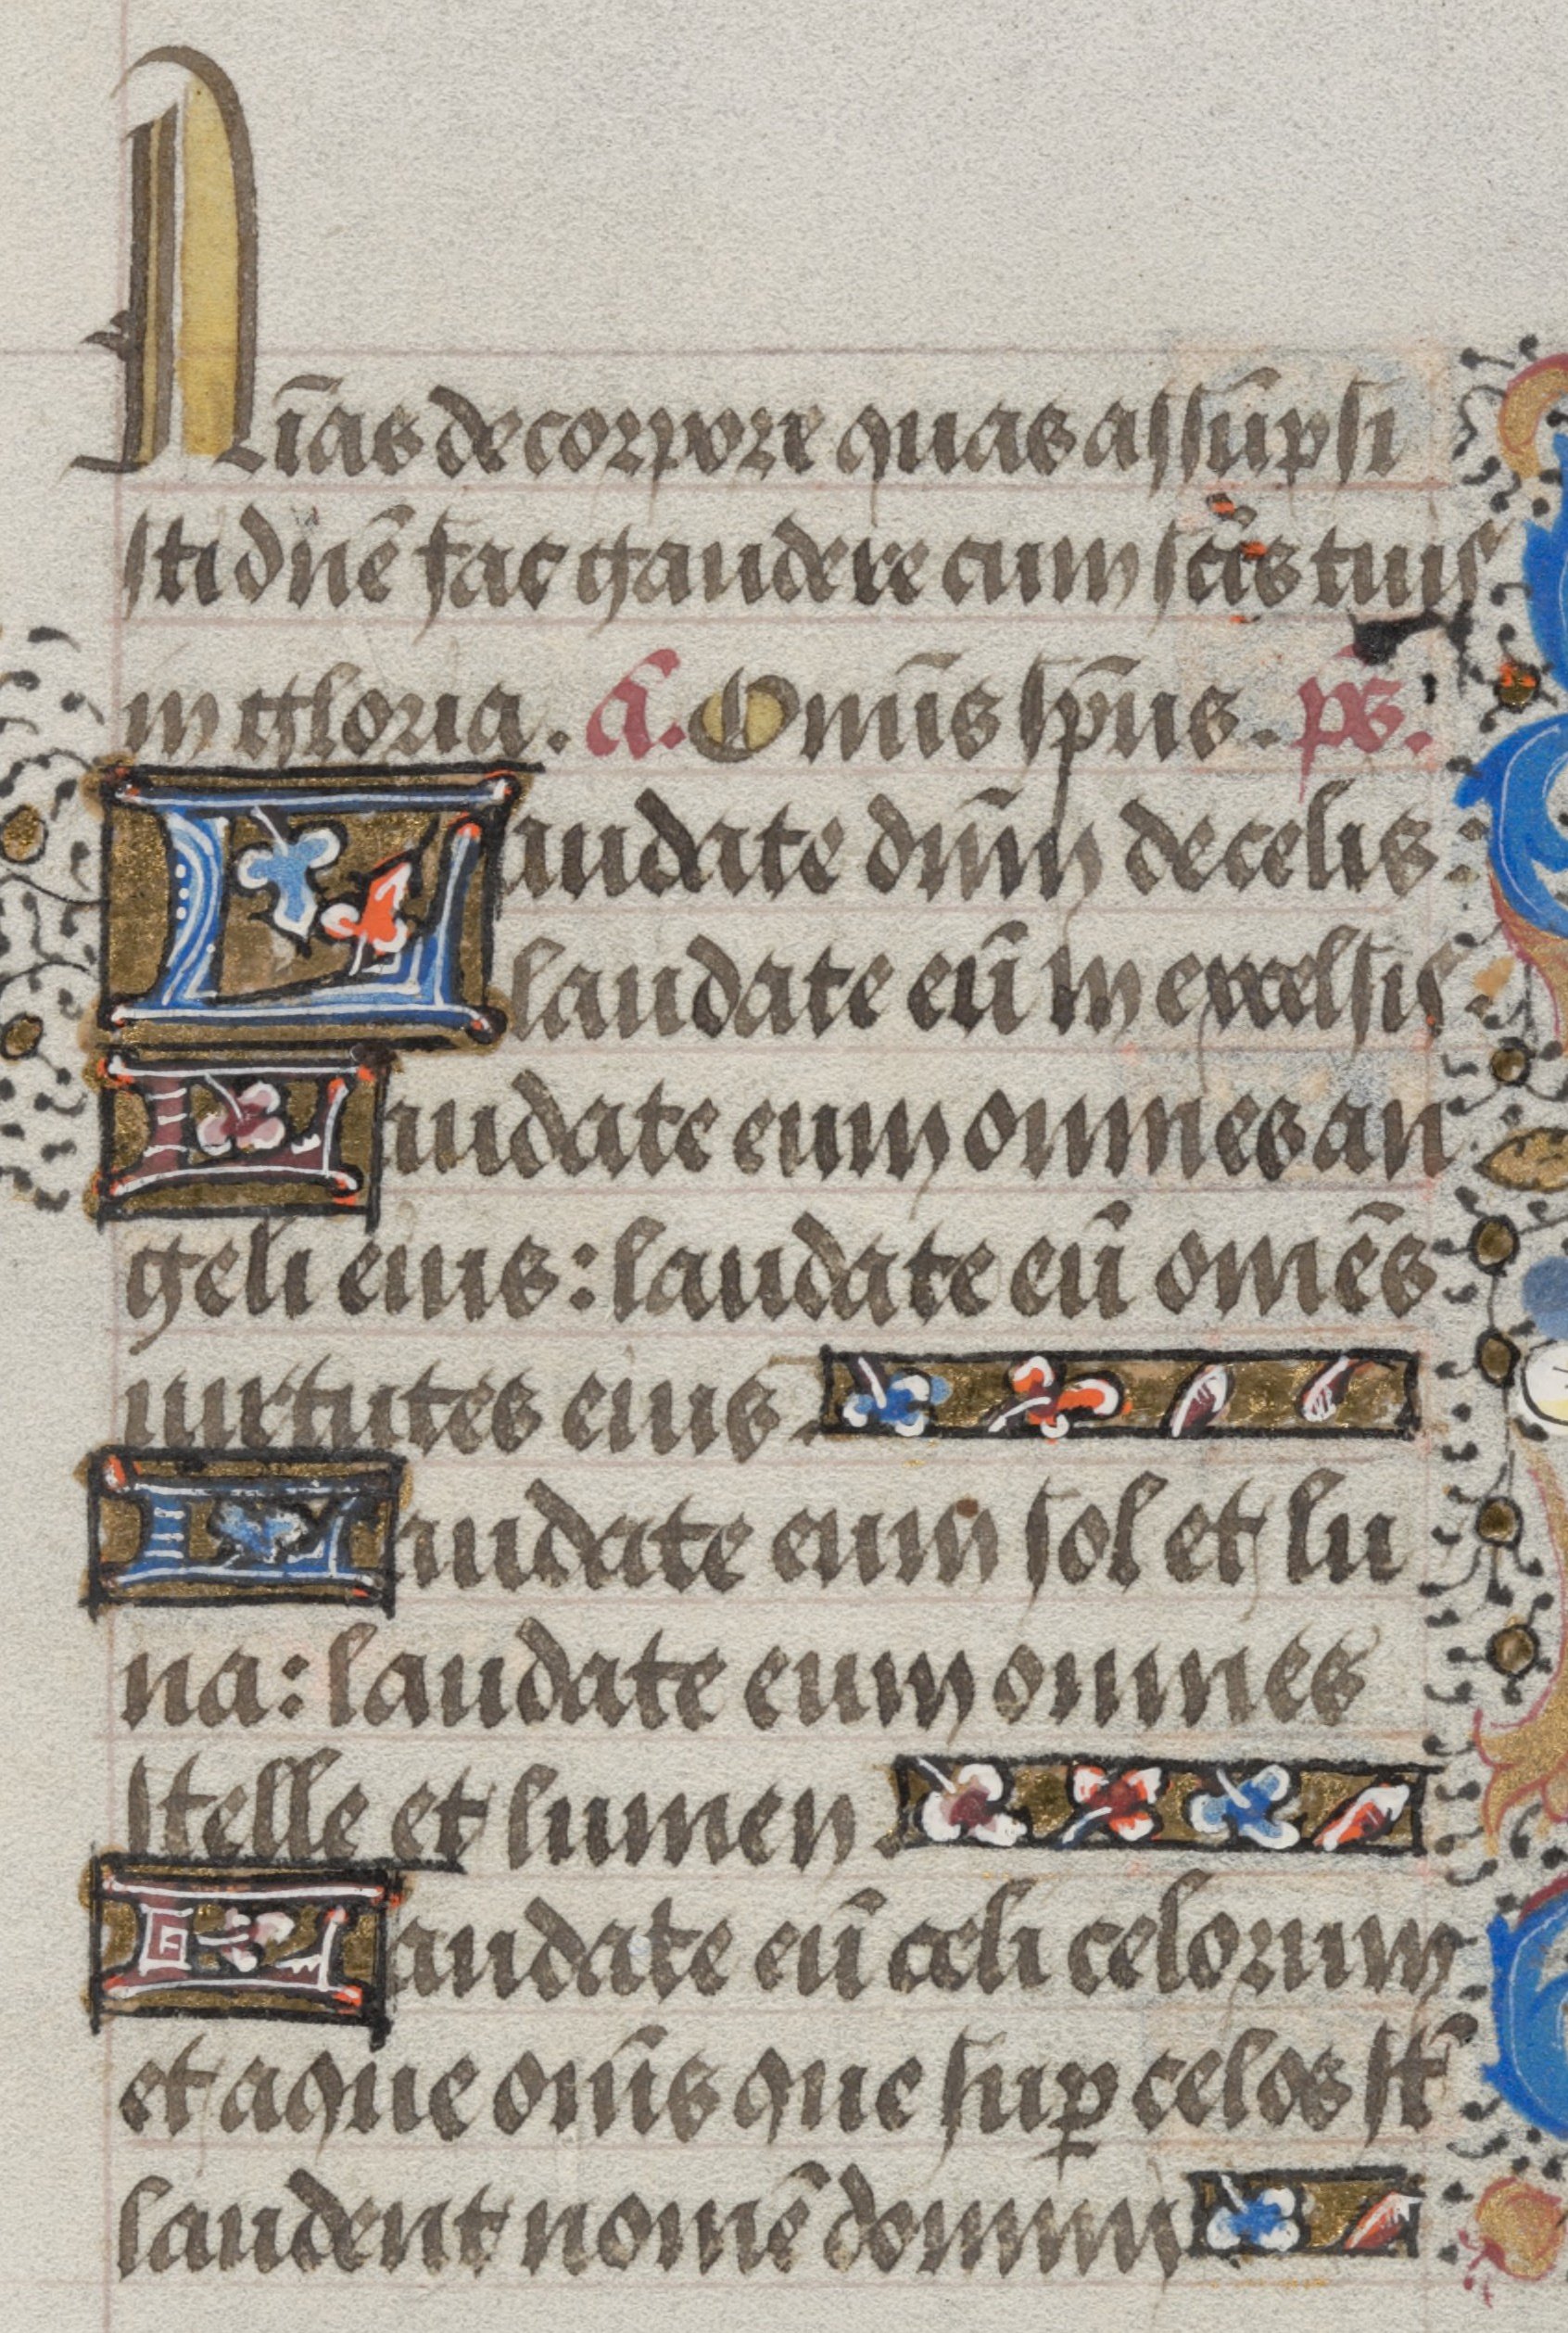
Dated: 1450–1474